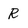
Character: R